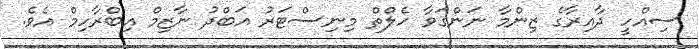
ސިއްހީ ދާއިރާގެ ޒިންމާ ނަންގަވާ ހެލްތް މިނިސްޓަރު އަބްދު ނާޒިމް އިބްރާހިމް އެވެ.